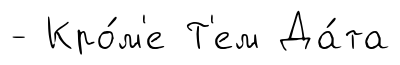
- Кро́м'е Т'ем Да́та